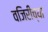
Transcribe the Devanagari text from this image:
वजिरीच्या